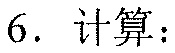
6. 计算：